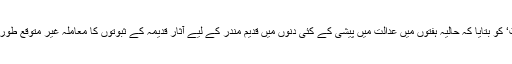
ایک ماہر آثار قدیمہ نے ’دی انڈپینڈنٹ‘ کو بتایا کہ حالیہ ہفتوں میں عدالت میں پیشی کے کئی دنوں میں قدیم مندر کے لیے آثار قدیمہ کے ثبوتوں کا معاملہ غیر متوقع طور پر مرکزی حیثیت اختیار کر گیا ہے۔